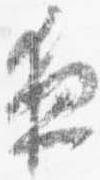
夜